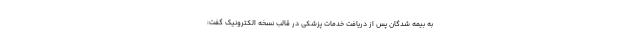
به بیمه شدگان پس از دریافت خدمات پزشکی در قالب نسخه الکترونیک گفت: